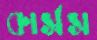
কার্সস